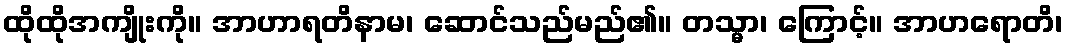
ထိုထိုအကျိုးကို။ အာဟာရတိနာမ၊ ဆောင်သည်မည်၏။ တသ္မာ၊ ကြောင့်။ အာဟရောတိ၊